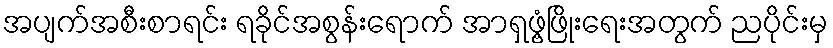
အပျက်အစီးစာရင်း ရခိုင်အစွန်းရောက် အာရှဖွံ့ဖြိုးရေးအတွက် ညပိုင်းမှ